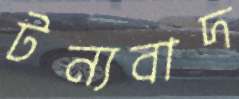
টন্যবাদ